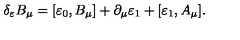
\delta _ { \varepsilon } B _ { \mu } = [ \varepsilon _ { 0 } , B _ { \mu } ] + \partial _ { \mu } \varepsilon _ { 1 } + [ \varepsilon _ { 1 } , A _ { \mu } ] .